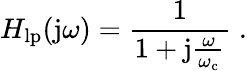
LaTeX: H_{\mathrm{lp}}(\mathrm{j}\omega)={\frac{1}{1+\mathrm{j}{\frac{\omega}{\omega_{\mathrm{c}}}}}}\; .